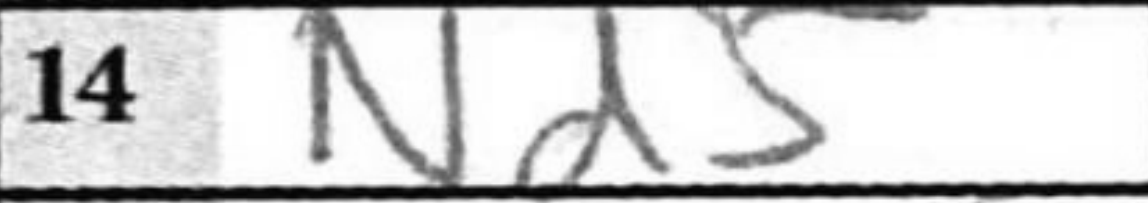
Transcription: Nd5